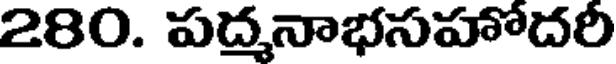
280. పద్మనాభసహోదరీ